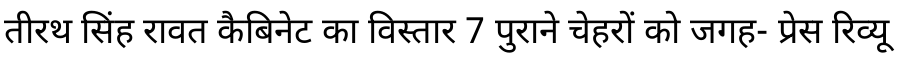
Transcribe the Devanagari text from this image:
तीरथ सिंह रावत कैबिनेट का विस्तार 7 पुराने चेहरों को जगह- प्रेस रिव्यू